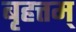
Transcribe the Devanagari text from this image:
बृहत्तम्